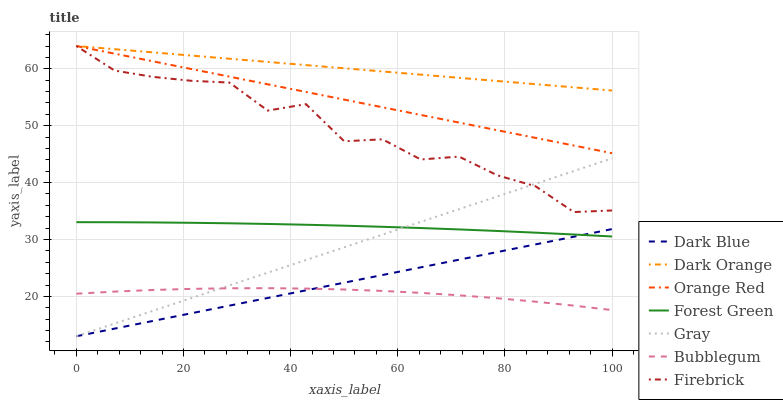
| xaxis_label | Dark Blue | Dark Orange | Orange Red | Forest Green | Gray | Bubblegum | Firebrick |
 | --- | --- | --- | --- | --- | --- | --- | --- |
 | 0 | 13 | 64 | 64 | 33 | 13 | 20.5 | 64 |
 | 7.14 | 14.3 | 63.4 | 62.7 | 33 | 15.2 | 20.8 | 59.7 |
 | 14.3 | 15.7 | 62.9 | 61.3 | 33 | 17.5 | 21.1 | 58.6 |
 | 21.4 | 17 | 62.3 | 60 | 32.9 | 19.7 | 21.3 | 57.9 |
 | 28.6 | 18.4 | 61.8 | 58.6 | 32.8 | 21.9 | 21.4 | 57.6 |
 | 35.7 | 19.7 | 61.2 | 57.3 | 32.7 | 24.2 | 21.4 | 52.7 |
 | 42.9 | 21.1 | 60.6 | 55.9 | 32.6 | 26.4 | 21.4 | 53.8 |
 | 50 | 22.4 | 60.1 | 54.6 | 32.4 | 28.6 | 21.2 | 47.3 |
 | 57.1 | 23.8 | 59.5 | 53.2 | 32.2 | 30.9 | 21 | 47.6 |
 | 64.3 | 25.1 | 59 | 51.9 | 32 | 33.1 | 20.6 | 44.1 |
 | 71.4 | 26.5 | 58.4 | 50.5 | 31.8 | 35.3 | 20.2 | 44.6 |
 | 78.6 | 27.8 | 57.9 | 49.2 | 31.5 | 37.6 | 19.7 | 41.3 |
 | 85.7 | 29.1 | 57.3 | 47.9 | 31.2 | 39.8 | 19.1 | 39.4 |
 | 92.9 | 30.5 | 56.7 | 46.5 | 30.9 | 42 | 18.4 | 34.8 |
 | 100 | 31.8 | 56.2 | 45.2 | 30.5 | 44.3 | 17.6 | 35.1 |